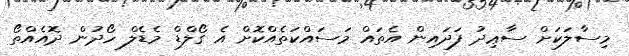
މިސާލަކަށް ސާޢިދު ފަދައިން އެތައް މަސައްކަތެއްކޮށް އެ ގޯލްޑް މެޑެލް ހޯދުން ދޮއެއްތޯ